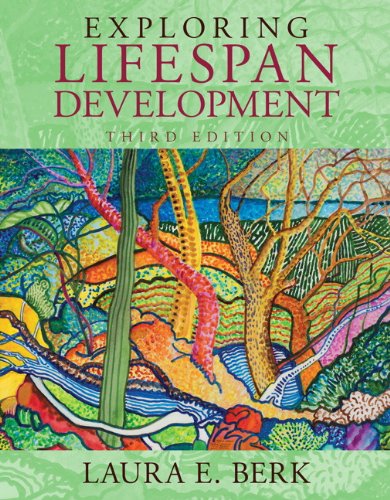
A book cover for Exploring Lifespan Development (3rd Edition); Laura E. Berk; Medical Books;